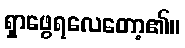
ရှာဖွေရလေတော့၏။